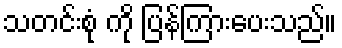
သတင်းစုံ ကို ပြန်ကြားပေးသည်။